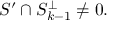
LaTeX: S ^ { \prime } \cap S _ { k - 1 } ^ { \perp } \neq { 0 } .